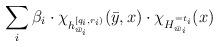
LaTeX: \begin{align*}\sum_{i } \beta_i \cdot \chi_{h_{\bar{w}_i}^{[q_i, r_i)}}(\bar{y},x) \cdot \chi_{H_{\bar{w}_i}^{=t_i}}(x)\end{align*}